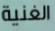
الغنية